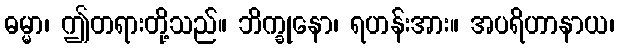
ဓမ္မာ၊ ဤတရားတို့သည်။ ဘိက္ခုနော၊ ရဟန်းအား။ အပရိဟာနာယ၊